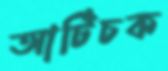
আর্টিচক